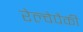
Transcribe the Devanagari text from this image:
रेल्वेपैकी